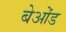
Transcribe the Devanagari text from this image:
बेओंड